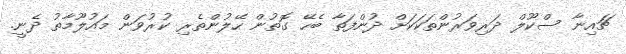
ޗައިނާ ސްކޫލް ދަރިވަރުންތަކަކަށް ދުންފަތާ ބެހޭ ގޮތުން ހޭލުންތެރި ކުރުވަން މައުލޫމާތު ދެނީ.